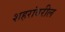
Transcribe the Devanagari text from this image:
शहरांवरील